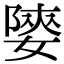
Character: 𡟨